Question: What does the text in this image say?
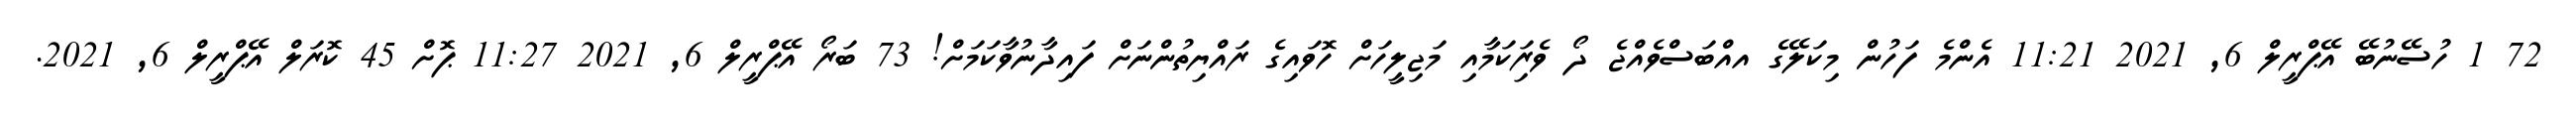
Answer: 72 1 ހުސޭނުބޭ އޭޕްރީލް 6, 2021 11:21 އެންމެ ފަހުން މިކަލޭގެ އއްބަސްވެއްޖެ ދޯ ވެރިަކަމާއި މަޖިލީހަށް ހޮވައިގެ ރައްޔިތުންނަށް ފައިދާނުވާކަމަށް! 73 ބަރޯ އޭޕްރީލް 6, 2021 11:27 ޕޮށް 45 ކޮރަލް އޭޕްރީލް 6, 2021.